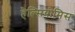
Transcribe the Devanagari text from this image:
हैल्सियोमिस